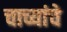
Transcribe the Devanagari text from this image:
चाच्यांचे